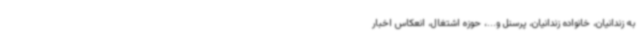
به زندانیان، خانواده زندانیان، پرسنل و...، حوزه اشتغال، انعکاس اخبار